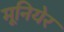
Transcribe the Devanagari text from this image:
मूनियेर